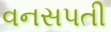
વનસપતી